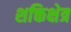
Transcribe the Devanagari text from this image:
शक्तिक्षेत्र